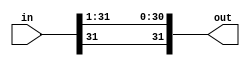
module ars1(out, in);
	input [31:0] in;
	
	output [31:0] out;
	
	genvar i;
	generate
		for(i = 30; i >= 0; i=i-1) begin: loop1
			assign out[i] = in[i+1];
		end
	endgenerate
	assign out[31] = in[31];

endmodule